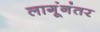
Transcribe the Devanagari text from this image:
लागूंनंतर